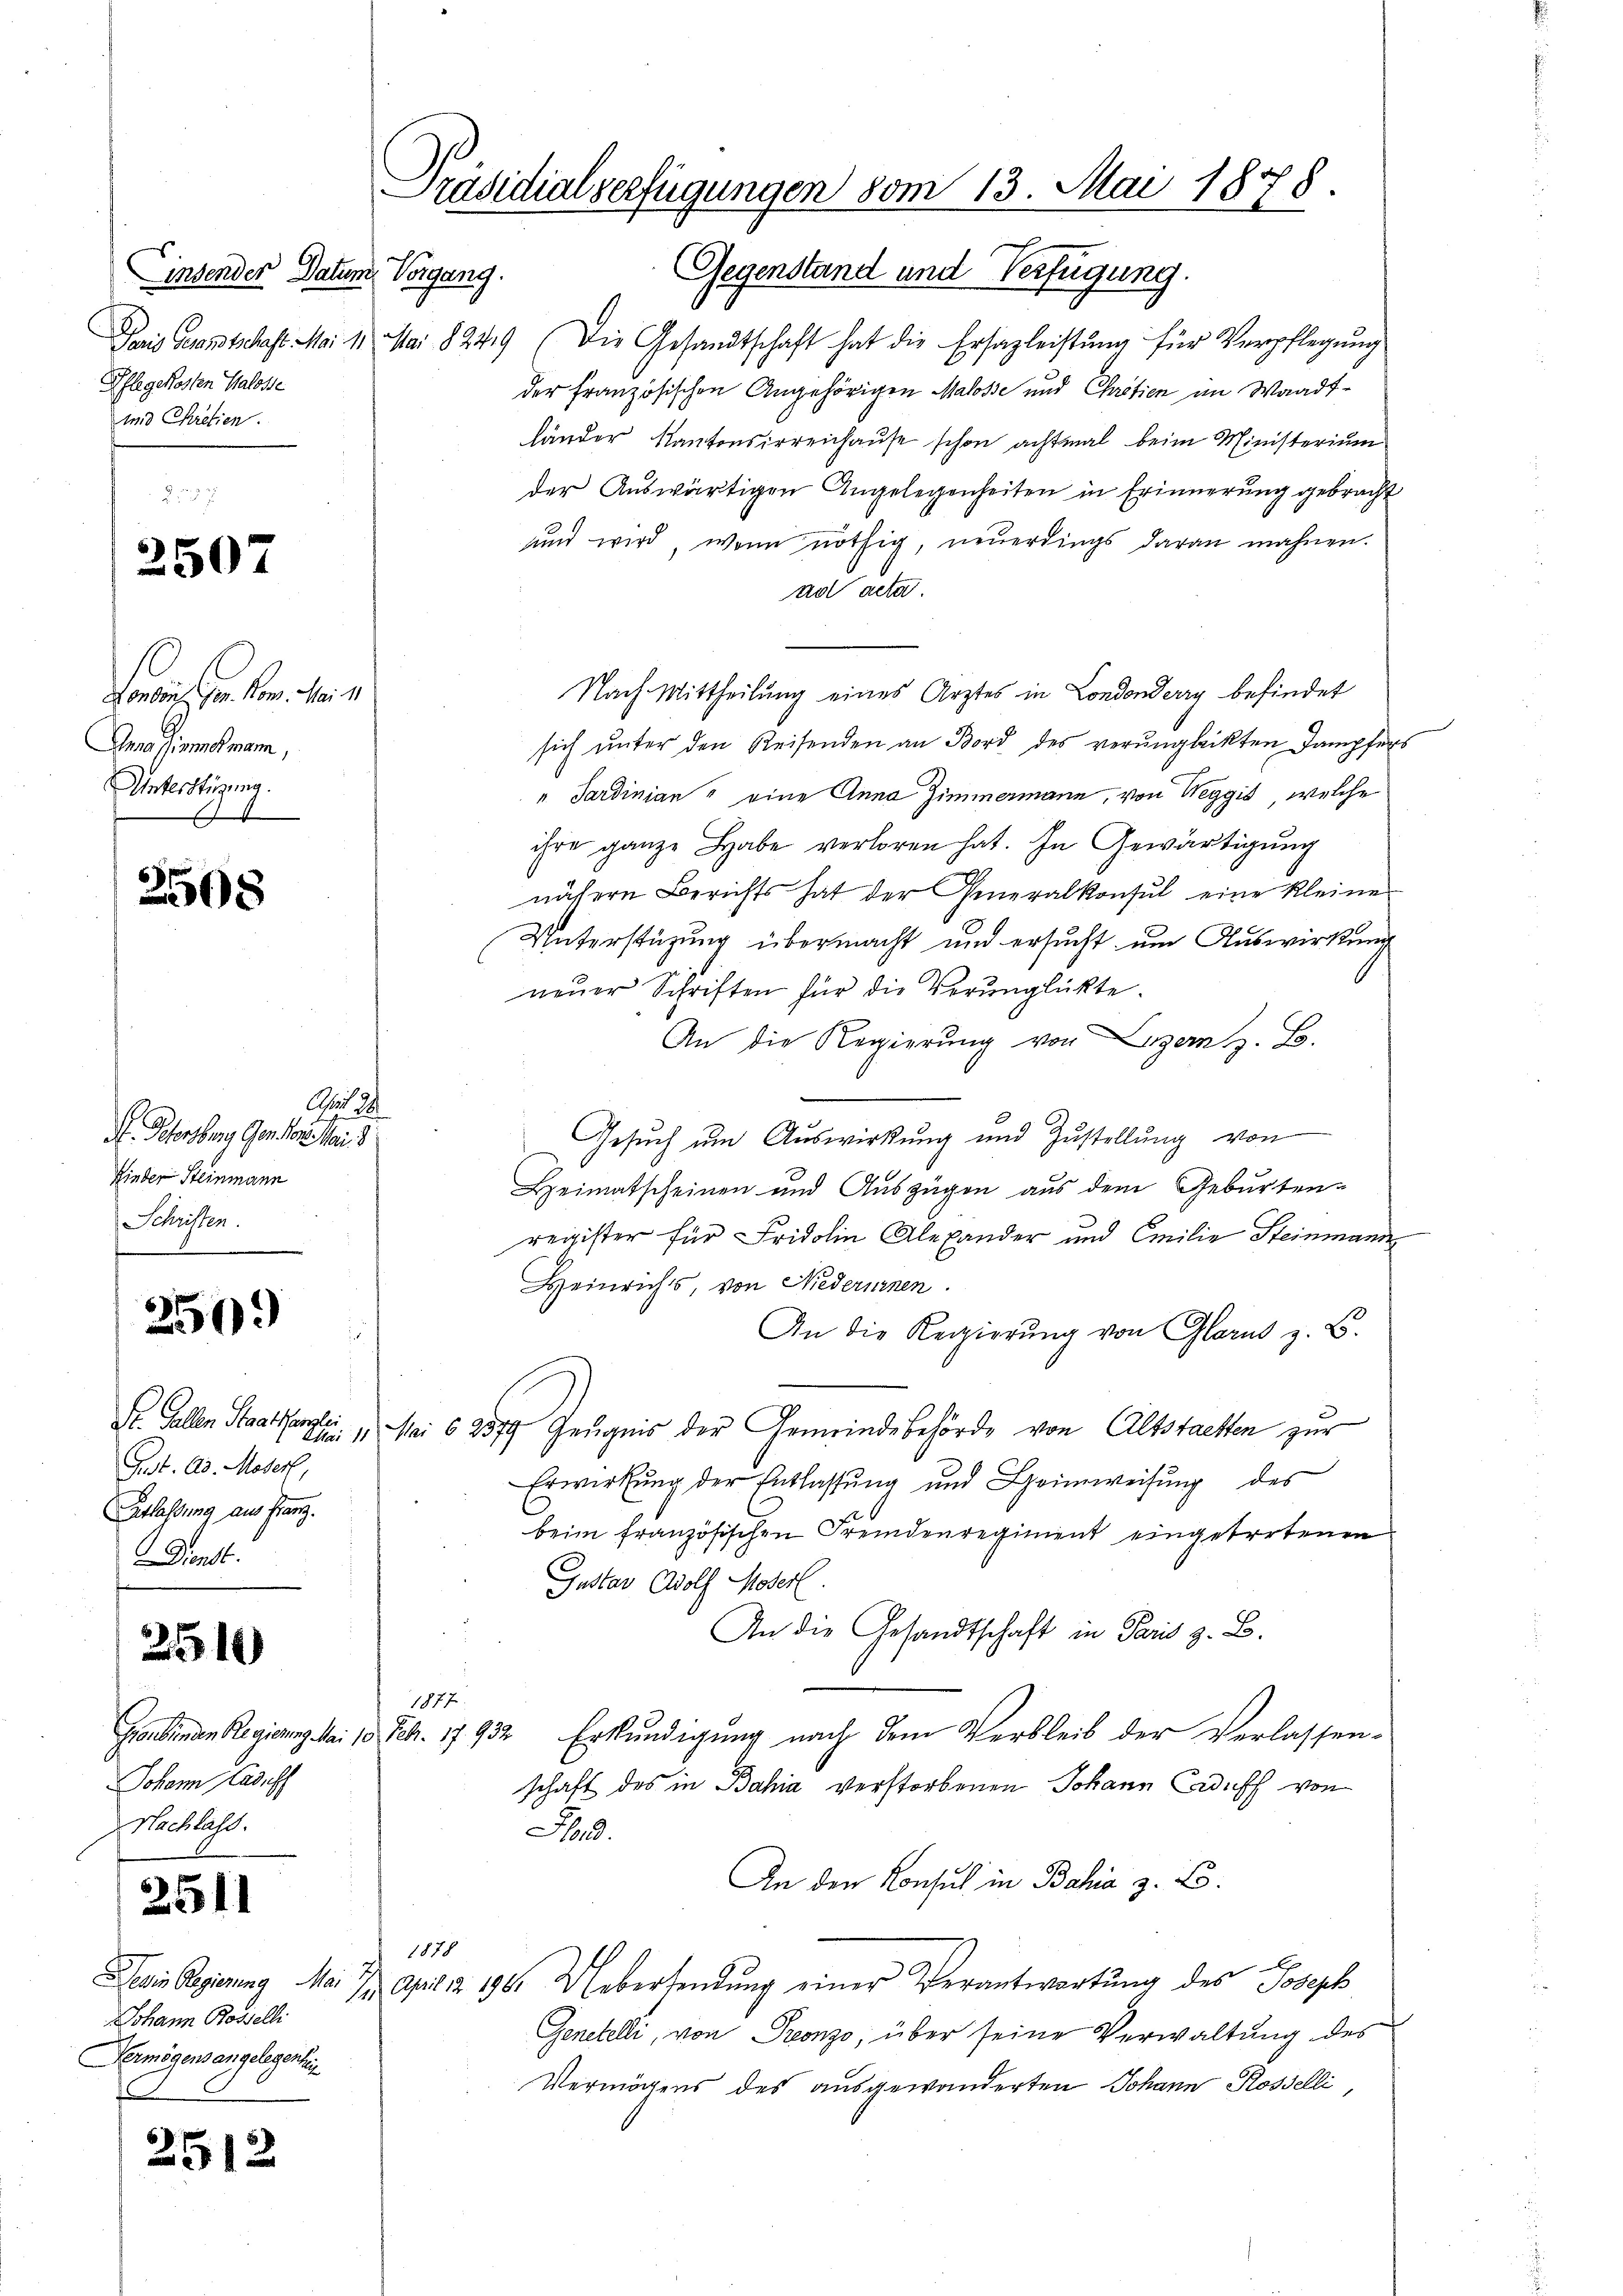
Einsender Datum
Pflegekosten Halosse
und Chretien.

2507

Forden in den Her
Amassionsmann,
Unterstüzung.
A

2508

A. Petersburg, Gensdor. Mai 8
Kinder Steinmann
Schüssen.

256.

Pest. 23. Moser,
Entlassung aus franz.
Darst

251)

2511

Dein Regierung Mai
Johann Rosselli
Vermögens angelegenhei
.

2512.

A 341

Johann Lauf
Nachlass.

Präsidialverfügungen vom 13. Mai 1878.
Gegenstand und Verfügung.
Vorgang.

Jais Gesandtschaft. Mai 11 Mai 8249 (Die Gesandtschaft hat die Ersazleistung für Verpflegung
der Französischen Angehörigen Malosse und Charitien im Waadt-
länder Kantonsirreichause schon achtmal beim Ministerium
der Auswärtigen Angelegenheiten in Erinnerung gebracht
und wird, wenn nöthig, neuerdings daran mahnen.
ad acta.
Nach Mittheilung eines Arztes in Londonderry befindet
sich unter den Reisenden an Bord des verunglückten Jampfers
" Sardinian & eine Anna Zimmermann, von Weggis, welche
ihre ganze habe verloren hat. In Gewärtigung
nähern Berichts hat der Generalkonsul eine kleine
Unterstüzung übermacht und ersucht um Auswirkung
neŭer Schriften für die Verunglückte.
An die Regierung von Lizen z. B.
Gesuch um Auswirkung und Zustellung von
Heimatscheinen und Auszügen aus dem Geburten-
register für Fridolin Alexander und Emilie Steinmann
Heinrichs, von Niederinnen.
An die Regierung von Glarus z. B.
St. Gallen Staatenti, Mai 62579 Zeugnis der Gemeindebehörde von Altstaetten zur
Erwirkŭng der Entlassŭng und Heimweisŭng des
beim französischen Fremdenregiment eingetretenen
Gustav Adolf Moserl.
An die Gesandtschaft in Paris z. B.
1877.
Ginbinden Regierung Mai 19 Febr. 17932 Erkundigung nach dem Verbleib der Verlassen-
schaft des in Bahia verstorbenen Johann Caduff von
Hord.
An den Konsul in Bahia z. B.
1878
e
.
7 Juli 190. Uebersendung einer Verantwortung des Joseph
Generelli, von Pronzo, über seine Verwaltung des
Vermögens des ausgewanderten Johann Rosselli,